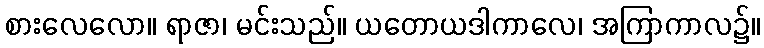
စားလေလော။ ရာဇာ၊ မင်းသည်။ ယတောယဒါကာလေ၊ အကြာကာလ၌။